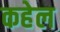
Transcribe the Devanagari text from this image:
कहेल